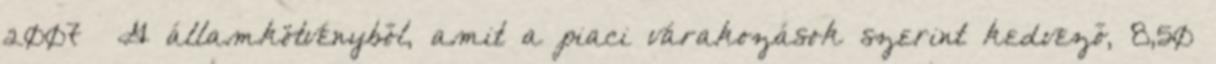
2007 G államkötvényből, amit a piaci várakozások szerint kedvező, 8,50